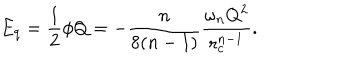
E _ { q } = \frac { 1 } { 2 } \phi Q = - \frac { n } { 8 ( n - 1 ) } \frac { \omega _ { n } Q ^ { 2 } } { r _ { c } ^ { n - 1 } } .